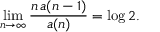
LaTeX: \operatorname* { l i m } _ { n \to \infty } { \frac { n \, a ( n - 1 ) } { a ( n ) } } = \log 2 .